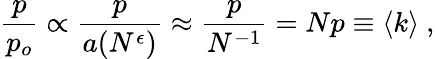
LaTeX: \frac{p}{p_{o}}\propto\frac{p}{a(N^{\epsilon})}\approx\frac{p}{N^{-1}}=Np\equiv\left<k\right>\ ,